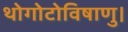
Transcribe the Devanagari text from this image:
थोगोटोविषाणु।